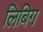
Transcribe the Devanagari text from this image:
लिबिग